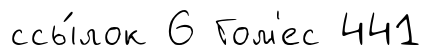
ссы́лок 6 Гом'ес 441